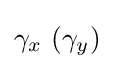
\gamma _{x}~(\gamma _{y})